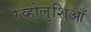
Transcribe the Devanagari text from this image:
रेव्होलुशिआँ